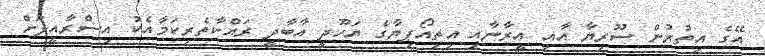
އޭގެ އިތުރުން ސޫރިޔާ އާއި އީރާނާއި އިތިއޯޕިޔާގެ ޔަހޫދީ އާބާދީ ރައްކާތެރިކަމާއެކު އިސްރާއީލަށް